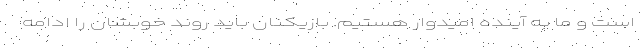
است و ما به آینده امیدوار هستیم. بازیکنان باید روند خوبشان را ادامه